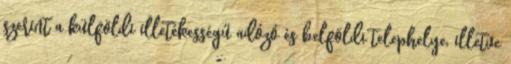
szerint a külföldi illetékességű adózó és belföldi telephelye, illetve